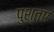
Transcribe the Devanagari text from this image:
पुश्तए